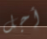
أجل